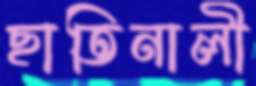
ছাতিনালী